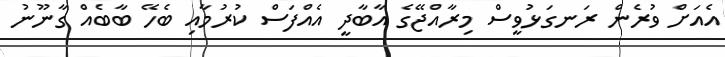
އެއަށް ވުރެން ރަނގަޅުވީސް މިރާއްޖޭގެ އާބާދީ އެއްފަސް ކުރުުމާއި ބެހޭ ބާބެއް ގާނޫނު